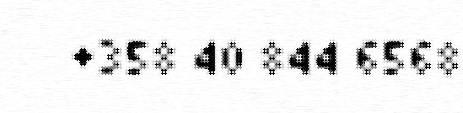
+358 40 844 6568